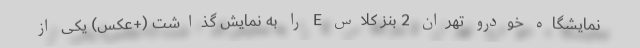
نمایشگاه خودرو تهران 2 بنز کلاس E را به نمایش گذاشت (+عکس) یکی از